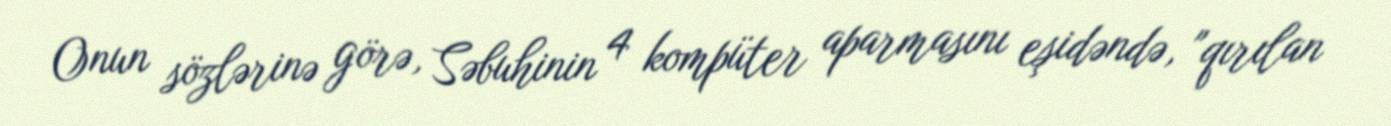
Onun sözlərinə görə, Səbuhinin 4 kompüter aparmasını eşidəndə, "qırılan